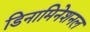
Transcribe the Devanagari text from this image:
डिनामिनेशनल